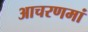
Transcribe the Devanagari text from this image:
आचरणमां